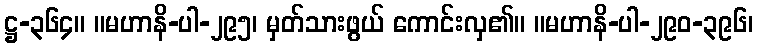
ဋ္ဌ-၃၆၄။ ။မဟာနိ-ပါ-၂၉၅၊ မှတ်သားဖွယ် ကောင်းလှ၏။ ။မဟာနိ-ပါ-၂၉၀-၃၉၆၊